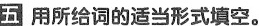
五 用所给词的适当形式填空。